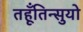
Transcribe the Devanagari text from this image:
तहूँतिन्सुयो